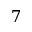
7